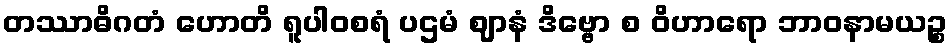
တဿာဓိဂတံ ဟောတိ ရူပါဝစရံ ပဌမံ ဈာနံ ဒိဗ္ဗော စ ဝိဟာရော ဘာဝနာမယဉ္စ